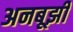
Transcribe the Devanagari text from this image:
अनबूझी